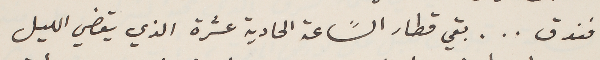
فندق... بقي قطار السًاعة الحادية عشرة الذي يقضي الليل